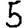
Digit: 5